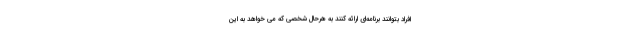
افراد بتوانند برنامه‌ای ارائه کنند به هرحال شخصی که می خواهد به این